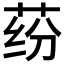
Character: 𰱍